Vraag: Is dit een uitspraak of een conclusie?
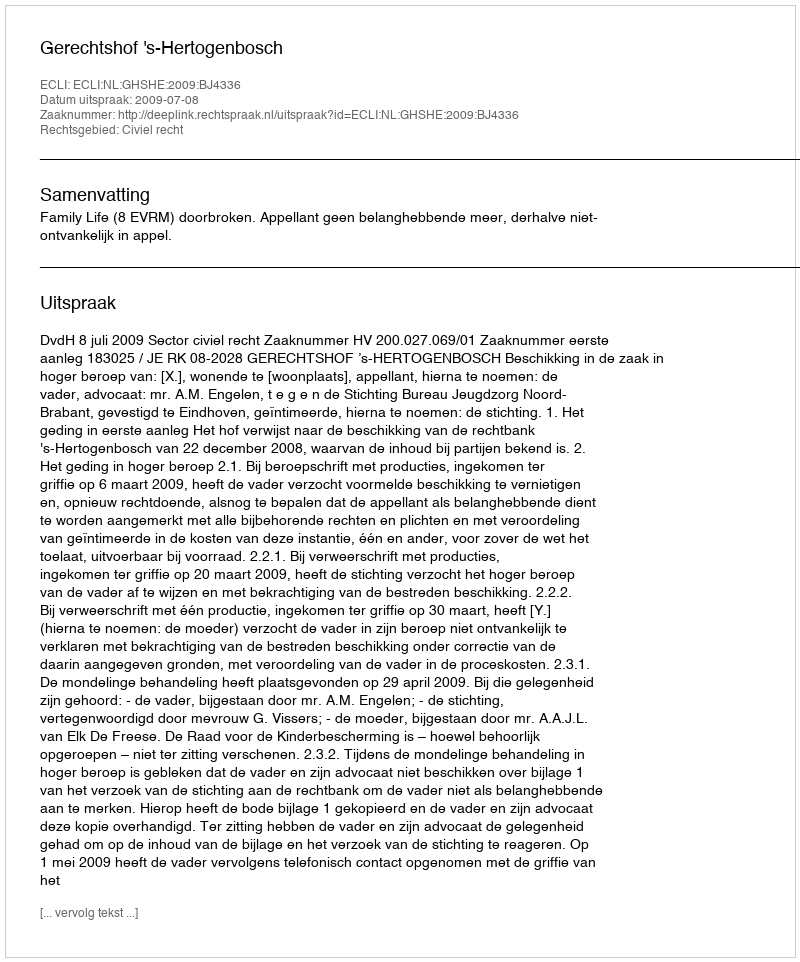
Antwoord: Uitspraak